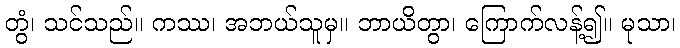
တွံ၊ သင်သည်။ ကဿ၊ အဘယ်သူမှ။ ဘာယိတွာ၊ ကြောက်လန့်၍။ မုသာ၊